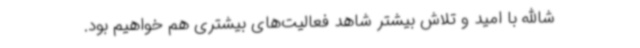
‌شاالله با امید و تلاش بیشتر شاهد فعالیت‌های بیشتری هم خواهیم بود.